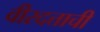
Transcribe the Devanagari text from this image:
वीरदत्ताची